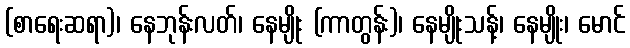
(စာရေးဆရာ)၊ နေဘုန်းလတ်၊ နေမျိုး (ကာတွန်း)၊ နေမျိုးသန့်၊ နေမျိုး၊ မောင်